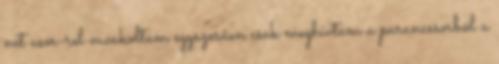
net user-rel vacakoltam egyszerűen csak meghívtam a parancssorból a